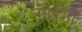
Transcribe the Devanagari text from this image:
मोरमों